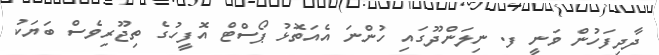
ދާދިފަހުން ވަނީ ފ. ނިލަންދޫގައި ހުންނަ އެއަތޮޅު ޕޯސްޓް އޮފީހުގެ ތިޖޫރިވެސް ބަޔަކު